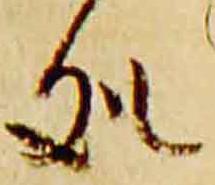
処